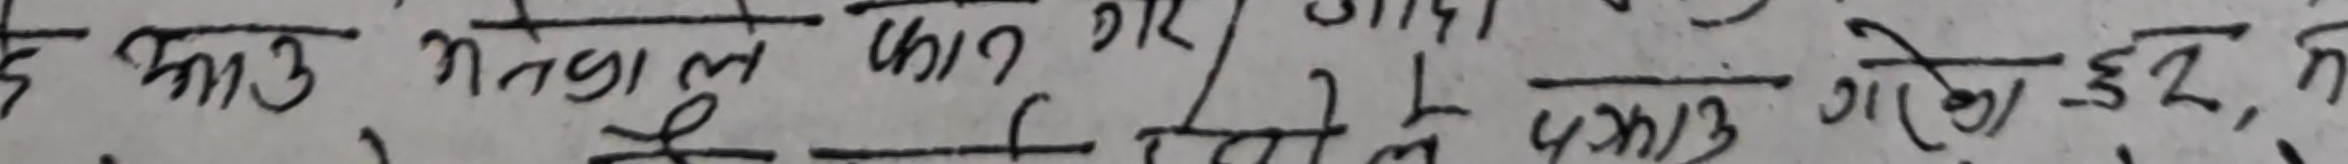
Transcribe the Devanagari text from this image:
दे लाउ निकाले फाले गए । 1941
मेले कम्पनीले धकाले गरेछन् रने